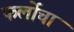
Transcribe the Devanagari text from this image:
फर्लोचा